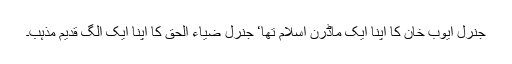
جنرل ایوب خان کا اپنا ایک ماڈرن اسلام تھا‘ جنرل ضیاء الحق کا اپنا ایک الگ قدیم مذہب۔